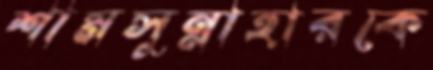
শামসুন্নাহারকে